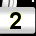
Digit: 2